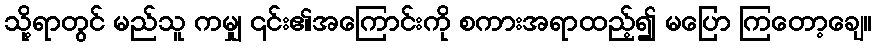
သို့ရာတွင် မည်သူ ကမျှ ၎င်း၏အကြောင်းကို စကားအရာထည့်၍ မပြော ကြတော့ချေ။